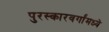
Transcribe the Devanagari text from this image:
पुरस्कारवर्गांमध्ये